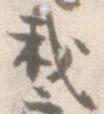
我